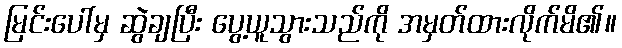
မြင်းပေါ်မှ ဆွဲချပြီး ပွေ့ယူသွားသည်ကို အမှတ်ထားလိုက်မိ၏။